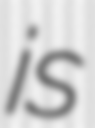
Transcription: is